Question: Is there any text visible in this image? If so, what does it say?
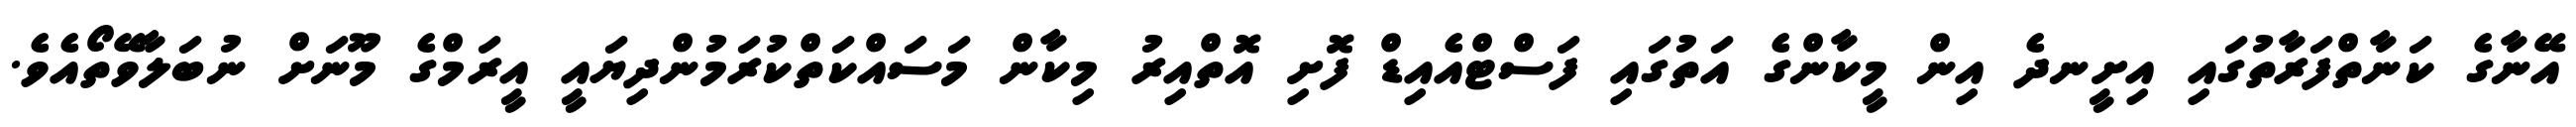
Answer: އޭނާގެ ކަނާތްފަރާތުގައި އިށީނދެ އިން މީކާންގެ އަތުގައި ފަސްޓްއެއިޑް ފޮށި އޮތްއިރު މިކާން މަސައްކަތްކުރަމުންދިޔައީ އީރަމްގެ މޫނަށް ނުބަލާވޭތޯއެވެ.